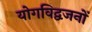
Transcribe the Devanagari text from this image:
योगविद्वजनों